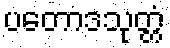
ပတောဒသုတ္တံ